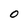
Character: O